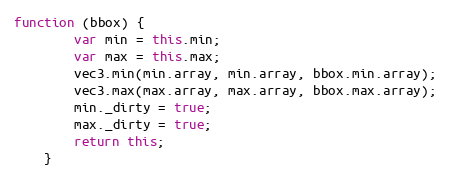
Language: JavaScript
function (bbox) {
        var min = this.min;
        var max = this.max;
        vec3.min(min.array, min.array, bbox.min.array);
        vec3.max(max.array, max.array, bbox.max.array);
        min._dirty = true;
        max._dirty = true;
        return this;
    }